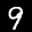
Label: 9